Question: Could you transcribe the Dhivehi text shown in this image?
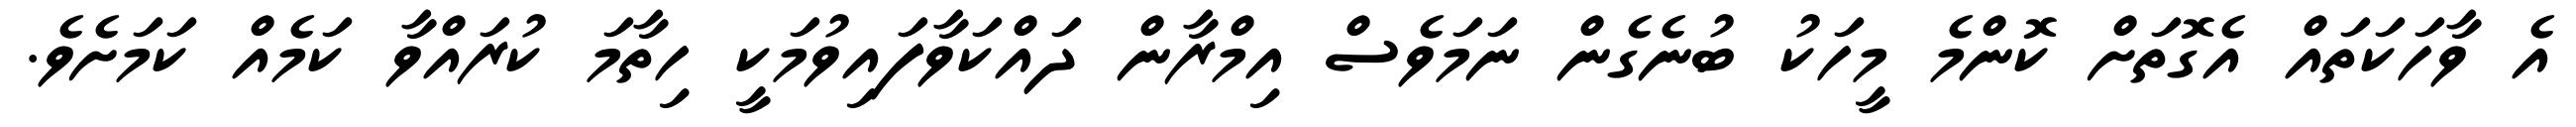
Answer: އެ ވާހަކަތައް އެގޮތަށް ކޮންމެ މީހަކު ބުނެގެން ނަމަވެސް އިމްރާން ދައްކަވާފައިވުމަކީ ހިތާމަ ކުރައްވާ ކަމެއް ކަމަށެވެ.